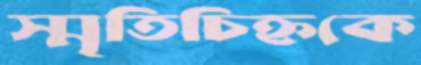
স্মৃতিচিহ্নকে